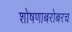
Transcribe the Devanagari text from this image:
शोषणाबरोबरच